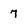
Character: 7